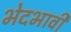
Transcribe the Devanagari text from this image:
भेदभावी